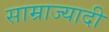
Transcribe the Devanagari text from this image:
साम्राज्यादी